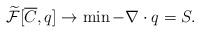
LaTeX: \begin{align*} \widetilde{\mathcal{F}}[\overline{C},q] \rightarrow \min - \nabla \cdot q = S.\end{align*}